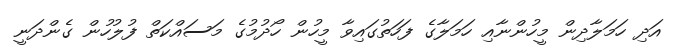
އަދި ހަމަލާދިން މީހުންނާއި ހަމަލާގެ ފަހަތުގައިވާ މީހުން ހޯދުމުގެ މަސައްކަތް ފުލުހުން ގެންދަނީ